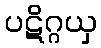
ပဋိဂ္ဂယှ